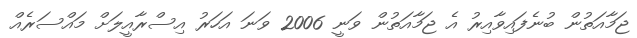
ޖަމާއަތުން ބުނެފައިވާއިރު އެ ޖަމާއަތުން ވަނީ 2006 ވަނަ އަހަރު އިސްރާއީލަށް މައްސަރެއް